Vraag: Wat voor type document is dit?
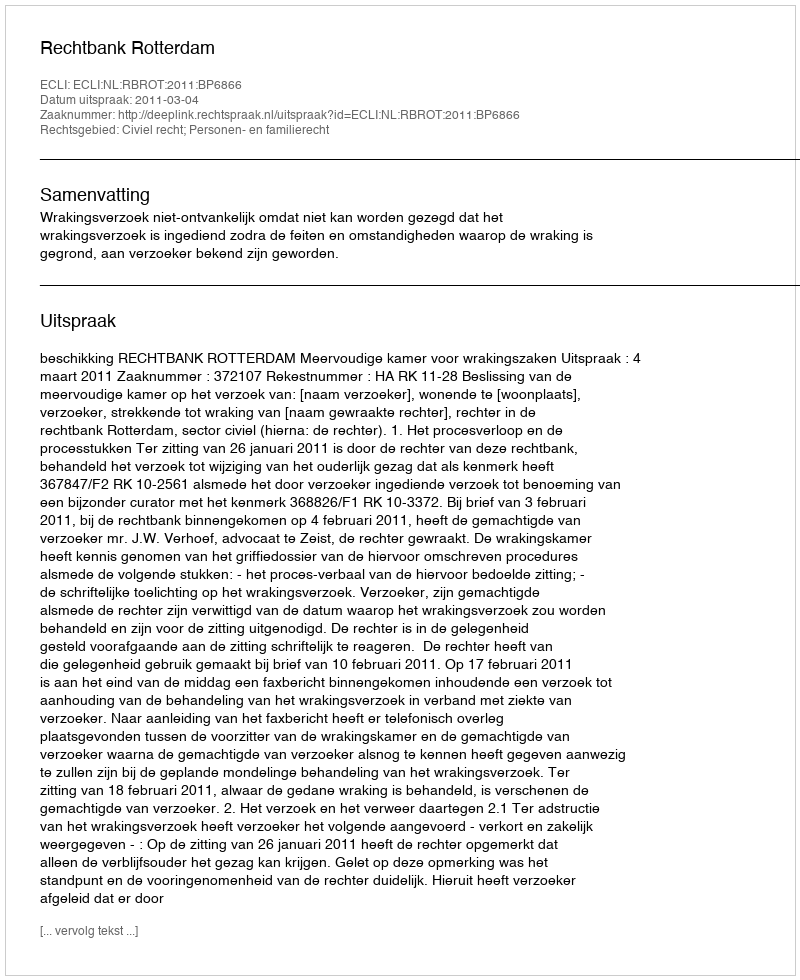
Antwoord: Uitspraak